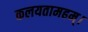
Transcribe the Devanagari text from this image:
कलयतामहम्।